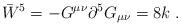
LaTeX: \begin{align*}\bar{W}^{5}=-G^{\mu\nu}\partial^{5}G_{\mu\nu}=8k\ .\end{align*}